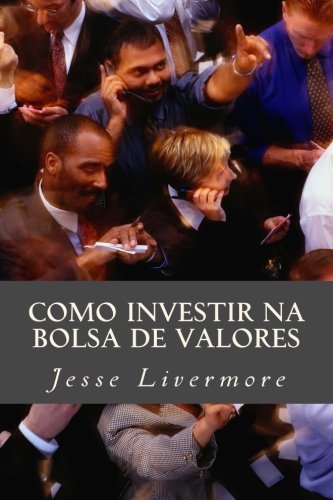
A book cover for Como Investir na Bolsa de Valores (Portuguese Edition); Jesse Livermore; Business & Money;